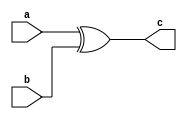
module xor_1_bit (a,b,c);

input a,b;
output c;

xor xor1(c,a,b);

endmodule